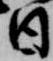
日